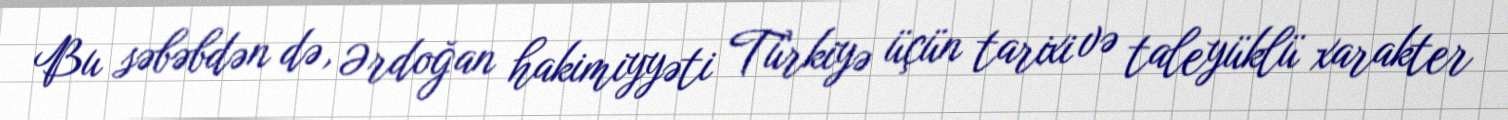
Bu səbəbdən də, Ərdoğan hakimiyyəti Türkiyə üçün tarixi və taleyüklü xarakter